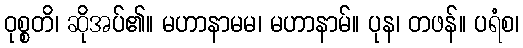
ဝုစ္စတိ၊ ဆိုအပ်၏။ မဟာနာမမ၊ မဟာနာမ်။ ပုန၊ တဖန်။ ပရံစ၊